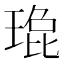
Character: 𬍹